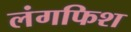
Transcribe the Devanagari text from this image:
लंगफिश